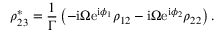
\rho _ { 2 3 } ^ { * } = \frac { 1 } { \Gamma } \left( - \mathrm { i } \Omega \mathrm { e } ^ { \mathrm { i } \phi _ { 1 } } \rho _ { 1 2 } - \mathrm { i } \Omega \mathrm { e } ^ { \mathrm { i } \phi _ { 2 } } \rho _ { 2 2 } \right) .